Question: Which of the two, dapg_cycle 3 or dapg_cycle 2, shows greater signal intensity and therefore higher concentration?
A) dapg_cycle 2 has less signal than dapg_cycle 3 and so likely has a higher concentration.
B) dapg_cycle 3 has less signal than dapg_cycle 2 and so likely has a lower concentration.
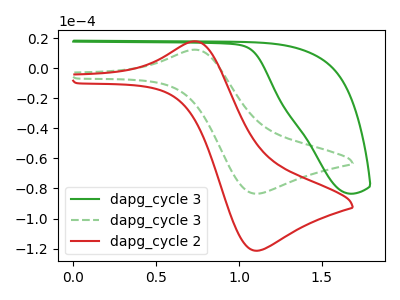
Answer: <think>The green curve "dapg_cycle 3" has no peaks. The green dashed curve "dapg_cycle 3" has an anodic peak at (0.75V, 12.25uA) and a cathodic peak at (1.10V, -83.50uA). The red curve "dapg_cycle 2" has an anodic peak at (0.75V, 17.85uA) and a cathodic peak at (1.10V, -121.40uA).
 All the peaks in "dapg_cycle 3" have a peak in "dapg_cycle 2" at the same potential. Every peak in "dapg_cycle 3" is lower than every peak in "dapg_cycle 2".</think>
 <answer>B) "dapg_cycle 3" has less signal than "dapg_cycle 2" and so likely has a lower concentration.</answer>
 <eval>B</eval>